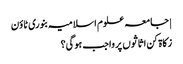
| جامعہ علوم اسلامیہ بنوری ٹاؤن
زکاۃ کن اثاثوں پر واجب ہوگی؟